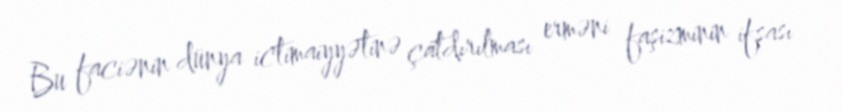
Bu faciənin dünya ictimaiyyətinə çatdırılması erməni faşizminin ifşası